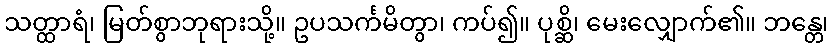
သတ္ထာရံ၊ မြတ်စွာဘုရားသို့။ ဥပသင်္ကမိတွာ၊ ကပ်၍။ ပုစ္ဆိ၊ မေးလျှောက်၏။ ဘန္တေ၊